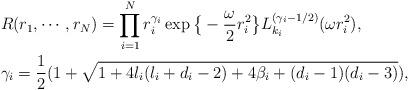
LaTeX: \begin{align*}\begin{aligned} &R(r_1,\cdots,r_N)=\prod_{i=1}^{N}r_i^{\gamma_i}\exp\big\{-\frac{\omega}{2}r_i^2 \big\}L^{(\gamma_i-1/2)}_{k_i}(\omega r_i^2),\\ &\gamma_i=\frac{1}{2}(1+\sqrt{1+4l_i(l_i+d_i-2)+4\beta_i+(d_i-1)(d_i-3)}),\end{aligned}\end{align*}